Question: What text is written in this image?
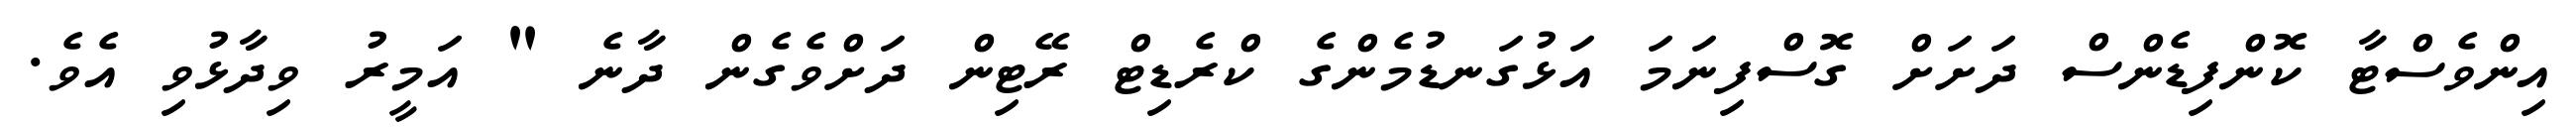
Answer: އިންވެސްޓާ ކޮންފިޑެންސް ދަށަށް ގޮސްފިނަމަ އަޅުގަނޑުމެންގެ ކްރެޑިޓް ރޭޓިން ދަށްވެގެން ދާނެ " އަމީރު ވިދާޅުވި އެވެ.